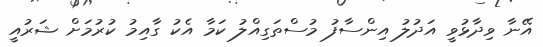
އޭނާ ވިދާޅުވީ އަދުލު އިންސާފު މުސްތަގިއްލު ކަމާ އެކު ގާއިމު ކުރުމަށް ޝަރުއީ